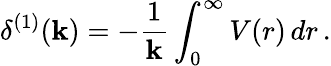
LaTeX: \delta^{(1)}(\mathbf{k})=-\frac{{1}}{{\mathbf{k}}}\int_{0}^{\infty}V(r)\, dr\, .